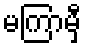
မကြာမှီ